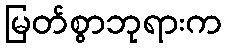
မြတ်စွာဘုရားက